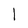
Character: l